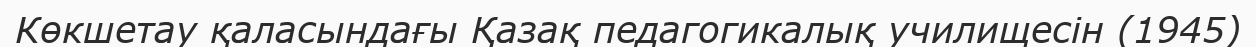
Көкшетау қаласындағы Қазақ педагогикалық училищесін (1945)